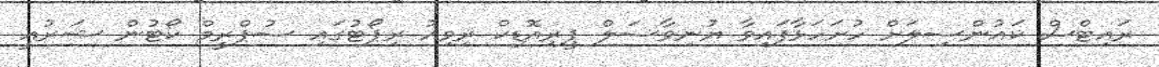
ރައިޓްސް ކައުންސިލަށް ހުށަހަޅާފައިވާ ޔުނިވާސަލް ޕީރިއޮޑިކް ރިވިއު ރިޕޯޓުގައި ސުޕްރީމް ކޯޓުން ޝަރުއީ